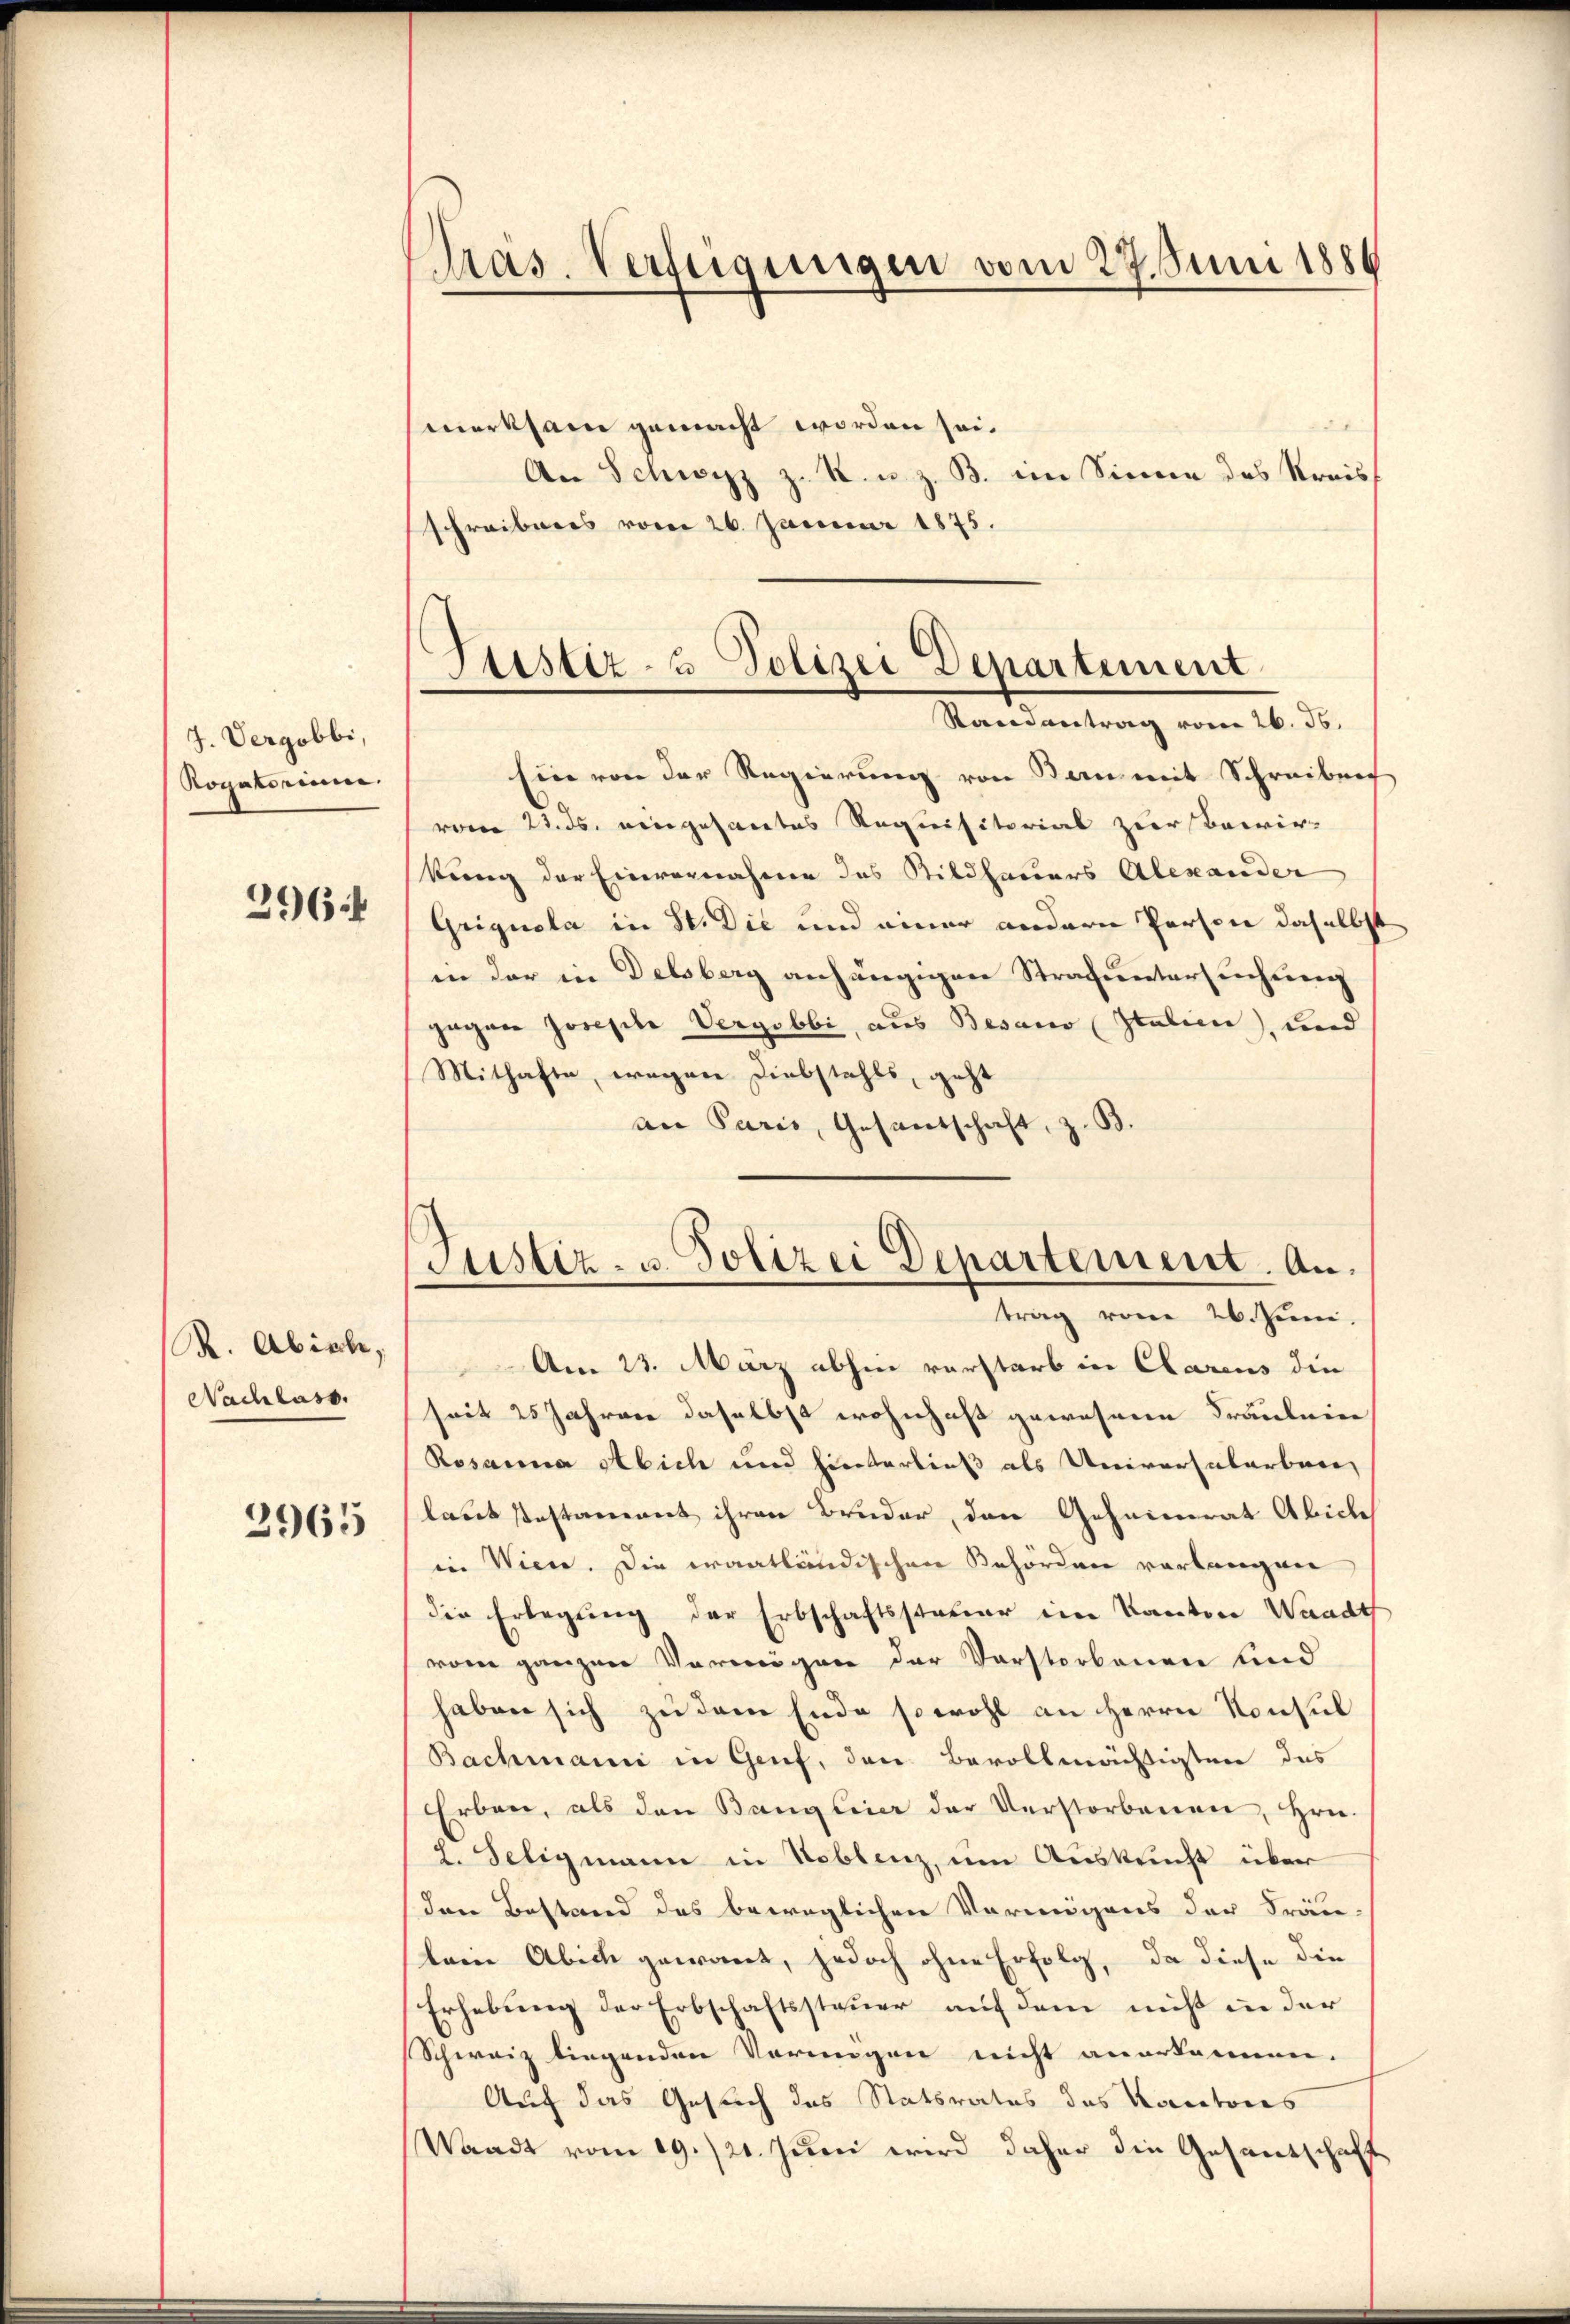
J. Vergobbi,
Rogatorium.
296 f

R. Abische
Nachlass.
2965

Präs. Verfügungen vom 27. Juni 1886

merksam gemacht worden sei.
An Schwyz z. R. u. z. B. im Sinne des Kreis
schreibens vom 26. Januar 1875.

Stistiz- & Polizei Departement
Randantrag vom 26. ds.

Justiz- u. Polizei Departement. An
trag vom 26. Juni.

Ein von der Regierung von Bern mit Schreiben
vom 22. ds. eingesantes Requisitorial zur Bewir-
bung der Einvernahmen des Bildhauers Alexander
Grignola in St. Die und einer andern Person daselbst
in der in Delsberg anhängigen Strafuntersuchung
gegnen Josepile Vergobbi, aus Besano (Italien), und
Mithafte, wegen Diebstahls, geht
an Paris, Gesandschaft, z. B.
Am 23. März abhin vorstarb in Clarens die
seit 25 Jahren daselbst wohnhaft gewesene Fräulein
Rosanna Abich und hinterließ als Universalarbare,
laut Pestament ihren Bruder, den Geheimrat Abiche
in Wien. Die waatländischen Behörden verlangen
die Erlegung der Erbschaftsstaber im Kanton Waadt
vom ganzen Vermögen der Vorstorbenen und
haben sich zu dem Ende sowohl an Herrn Konsul
Bachmanni in Genf, den Bevollmächtigten des
Erben, als den Bangleier der Verstorbenen, Hrn.
2. Seligmann in Noblenz, um Auskunft über
den Bestand des beweglichen Vermögens der Fräu-
lein Abich gewant, jedoch ohne Erfolg, da diese die
Erhebung der Erbschaftssteuer auf dem nicht in der
Schweiz liegenden Vorungen nicht anerkennen.
Auch das Gesuch des Statsrates das Korectores
Waadt vom 19./21. Juni wird daher die Gesandschaft